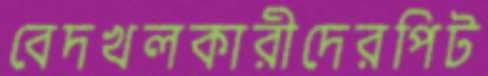
বেদখলকারীদেরপিট